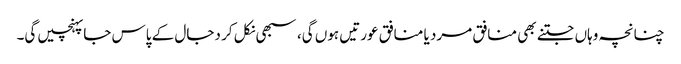
چنانچہ وہاں جتنے بھی منافق مرد یا منافق عورتیں ہوں گی، سبھی نکل کر دجال کے پاس جاپہنچیں گی۔